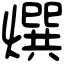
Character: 㷷